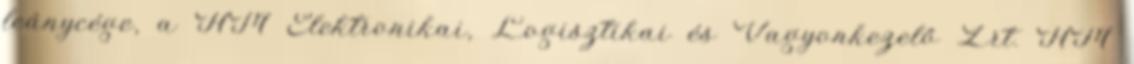
leánycége, a HM Elektronikai, Logisztikai és Vagyonkezelő Zrt. HM